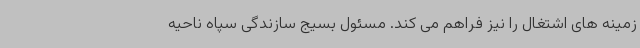
زمینه های اشتغال را نیز فراهم می کند. مسئول بسیج سازندگی سپاه ناحیه